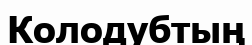
Колодубтың